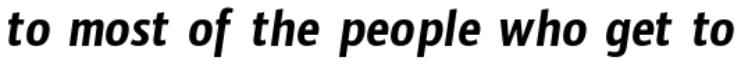
to most of the people who get to